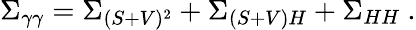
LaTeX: \Sigma_{\gamma\gamma}=\Sigma_{(S+V)^{2}}+\Sigma_{(S+V)H}+\Sigma_{HH}\ .